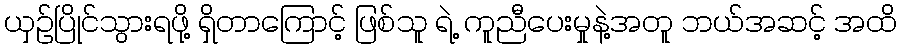
ယှဉ်ပြိုင်သွားရဖို့ ရှိတာကြောင့် ဖြစ်သူ ရဲ့ ကူညီပေးမှုနဲ့အတူ ဘယ်အဆင့် အထိ